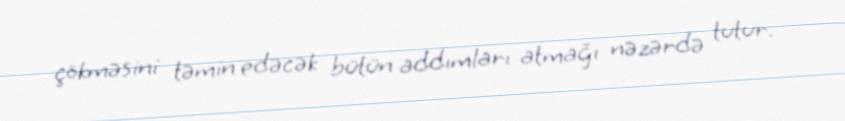
çökməsini təmin edəcək bütün addımları atmağı nəzərdə tutur.